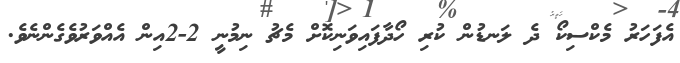
އެފަހަރު މެކްސިކޯ ދެ ލަނޑުން ކުރި ހޯދާފައިވަނިކޮށް މެޗު ނިމުނީ 2-2އިން އެއްވަރުވެގެންނެވެ.